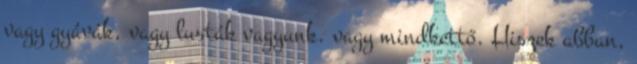
vagy gyávák, vagy lusták vagyunk. vagy mindkettő. Hiszek abban,